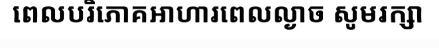
ពេលបរិភោគអាហារពេលល្ងាច សូមរក្សា